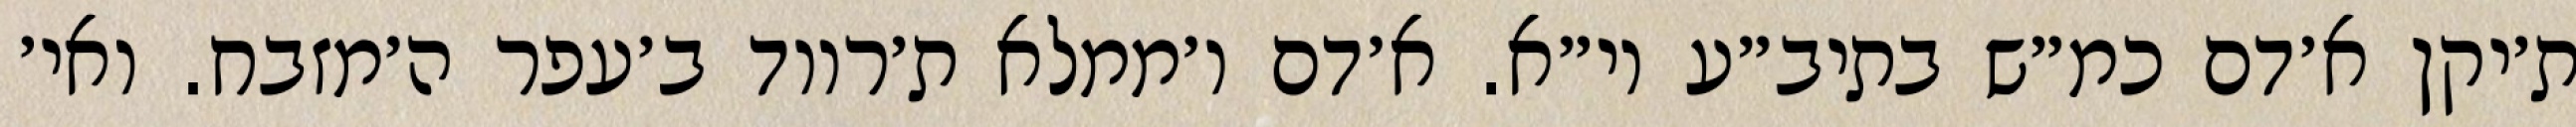
ת׳יקן א׳דם כמ״ש בתיב״ע וי״א. א׳דם ו׳ממלא ת׳רווד ב׳עפר ה׳מזבח. ואי׳